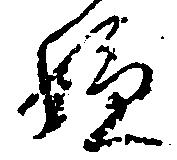
嫌